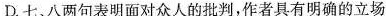
D.七八两句表明面对众人的批判，作者具有明确的立场